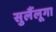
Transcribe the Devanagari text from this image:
सुलैंलूगा